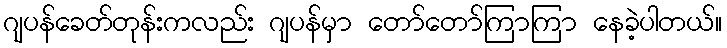
ဂျပန်ခေတ်တုန်းကလည်း ဂျပန်မှာ တော်တော်ကြာကြာ နေခဲ့ပါတယ်။